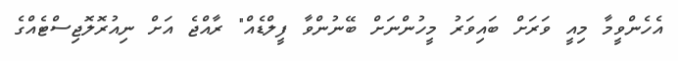
އެހެންވީމާ މިއީ ވަރަށް ބައިވަރު މީހުންނަށް ބޭނުންވާ ފީލްޑެއް" ރާއްޖެ އަށް ނިއުރޮލޮޖިސްޓެއްގެ